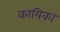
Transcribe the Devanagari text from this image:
कायिका